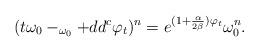
LaTeX: \begin{align*}(t\omega_{0}-_{\omega_{0}}+ dd^c \varphi_t)^{n}=e^{(1+\frac{\alpha}{2\beta})\varphi_t}\omega_{0}^{n}.\end{align*}